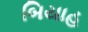
બિયાહ